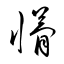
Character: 懜